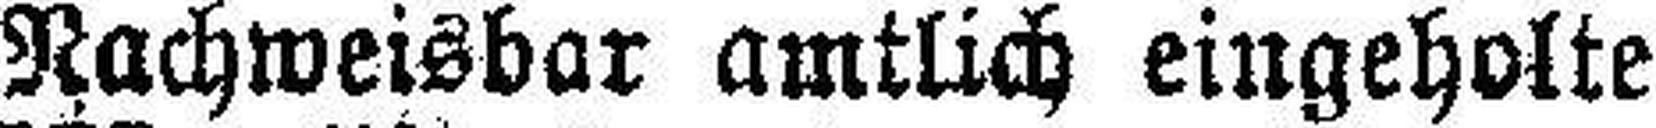
Nachweisbar amtlich eingeholte